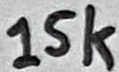
Text: 15k